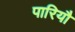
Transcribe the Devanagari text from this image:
पारियौ